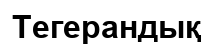
Тегерандық